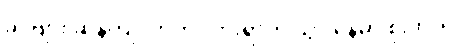
ခင်ဗျား ဆန့်ကျင်ဘက် လားရာကို သွားနေမှာ စိုးတယ်။